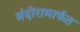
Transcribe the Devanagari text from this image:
मंदीरामार्फत